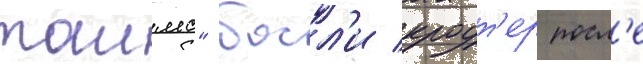
таимс" босл'и кроут'ер посл'е